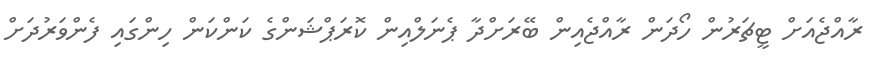
ރާއްޖެއަށް ޓީޗަރުން ހޯދަން ރާއްޖެއިން ބޭރަށްދާ ޕެނަލްއިން ކޮރަޕްޝަންގެ ކަންކަން ހިންގައި ފެންވަރުދަށް